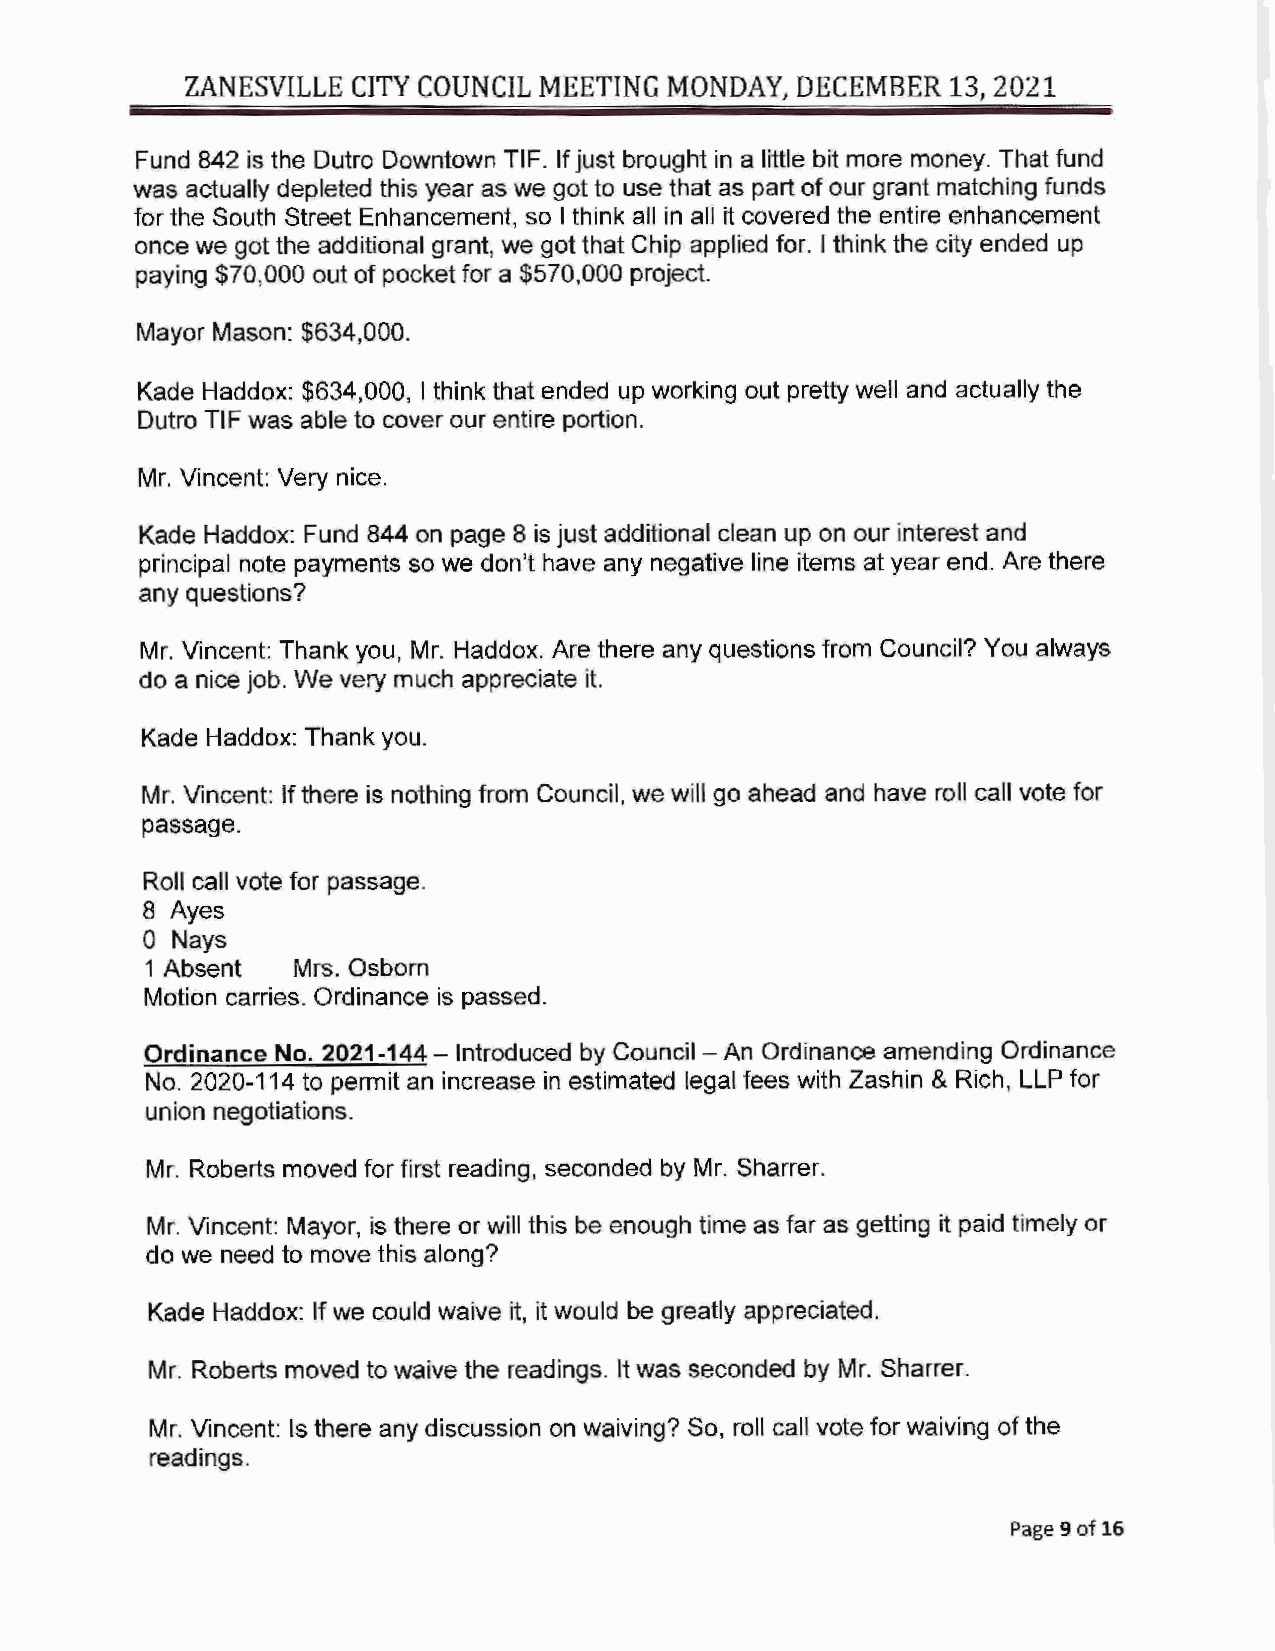
ZANESVILLE CITY COUNCIL MEETING MONDAY,  DECEMBER  13, 2021
 Fund 842 is the Dutro Downtown TIF. If just brought in a little bit more money. That fund
 was actually depleted this year as we got to use that as part of our grant matching funds
 for the South Street Enhancement, so I think all in all it covered the entire enhancement
 once we got the additional grant, we got that Chip applied for. I think the city ended up
 paying $70,000 out of pocket for a $570,000 project.
 Mayor Mason: $634,000.
 Kade Haddox: $634,000, I think that ended up working out pretty well and actually the
 Dutro TIF was able to cover our entire portion.
 Mr. Vincent: Very nice.
 Kade Haddox: Fund 844 on page 8 is just additional clean up on our interest and
 principal note payments so we don't have any negative line items at year end. Are there
 any questions?
 Mr. Vincent: Thank you, Mr. Haddox. Are there any questions from Council? You always
 do a nice job. We very much appreciate it.
 Kade Haddox: Thank you.
 Mr. Vincent: If there is nothing from Council, we will go ahead and have roll call vote for
 passage.
 Roll call vote for passage.
 8 Ayes
 0 Nays
 1 Absent  Mrs. Osborn
 Motion carries. Ordinance is passed.
 Ordinance No. 2021-144- Introduced by Council - An Ordinance amending Ordinance
 No. 2020-114 to permit an increase in estimated legal fees with Zashin & Rich, LLP for
 union negotiations.
 Mr. Roberts moved for first reading, seconded by Mr. Sharrer.
 Mr. Vincent: Mayor, is there or will this be enough time as far as getting it paid timely or
 do we need to move this along?
 Kade Haddox: If we could waive it, it would be greatly appreciated.
 Mr. Roberts moved to waive the readings. It was seconded by Mr. Sharrer.
 Mr. Vincent: Is there any discussion on waiving? So, roll call vote for waiving of the
 readings.
 Page 9 of 16